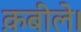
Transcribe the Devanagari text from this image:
क़बीले।